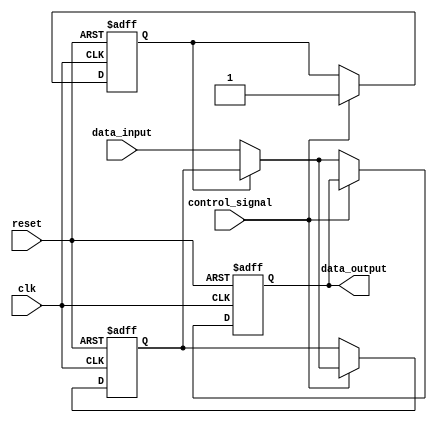
module hold_condition (
    input wire clk,                  // Clock signal
    input wire reset,                // Asynchronous reset signal
    input wire control_signal,       // Control signal to enable hold
    input wire data_input,           // Data input signal
    output reg data_output           // Data output signal
);

    reg held_value;                  // Register to hold the captured value
    reg hold_state;                  // State flag to indicate hold condition

    // Asynchronous reset and hold logic
    always @(posedge clk or posedge reset) begin
        if (reset) begin
            data_output <= 0;         // Clear output on reset
            held_value <= 0;          // Clear held value on reset
            hold_state <= 0;          // Clear hold state on reset
        end else begin
            if (control_signal) begin
                if (!hold_state) begin
                    held_value <= data_input; // Capture the input data on control signal assertion
                    hold_state <= 1;          // Set hold state
                end
            end else begin
                if (hold_state) begin
                    // If control signal is deactivated, maintain the held value
                    data_output <= held_value; // Output the held value
                end else begin
                    // If not in hold state, follow the data input
                    data_output <= data_input;  // Output follows data input
                end
            end
        end
    end

endmodule